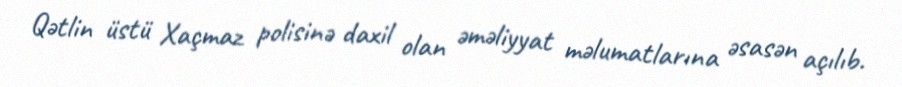
Qətlin üstü Xaçmaz polisinə daxil olan əməliyyat məlumatlarına əsasən açılıb.